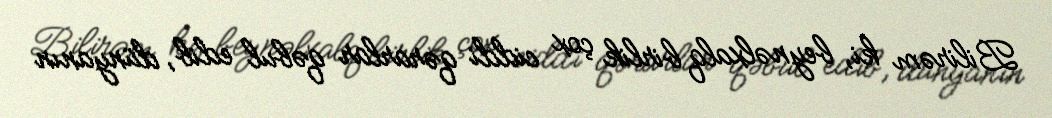
Bilirəm ki, beynəlxalq birlik çox ciddi qərarlar qəbul edib, dünyanın